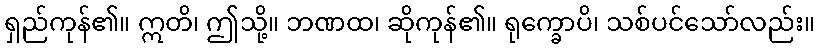
ရှည်ကုန်၏။ ဣတိ၊ ဤသို့။ ဘဏထ၊ ဆိုကုန်၏။ ရုက္ခောပိ၊ သစ်ပင်သော်လည်း။